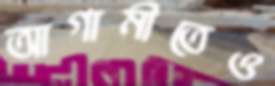
আগামীতেও